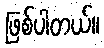
ဖြစ်ပါတယ်။